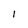
Character: 1